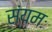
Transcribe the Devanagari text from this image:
संयमः